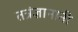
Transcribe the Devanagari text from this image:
तत्रंज्ञानानी